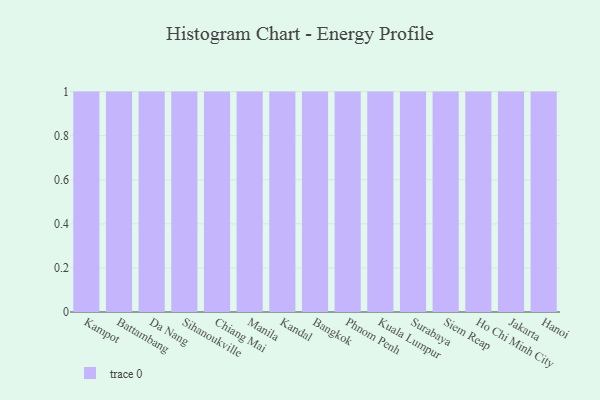
{"axis": {"x": "City", "y": "Headcount"}, "legend": [""], "data": [{"x": "Kampot", "y": 30, "type": ""}, {"x": "Battambang", "y": 73, "type": ""}, {"x": "Da Nang", "y": 24, "type": ""}, {"x": "Sihanoukville", "y": 67, "type": ""}, {"x": "Chiang Mai", "y": 86, "type": ""}, {"x": "Manila", "y": 38, "type": ""}, {"x": "Kandal", "y": 41, "type": ""}, {"x": "Bangkok", "y": 12, "type": ""}, {"x": "Phnom Penh", "y": 89, "type": ""}, {"x": "Kuala Lumpur", "y": 14, "type": ""}, {"x": "Surabaya", "y": 59, "type": ""}, {"x": "Siem Reap", "y": 79, "type": ""}, {"x": "Ho Chi Minh City", "y": 42, "type": ""}, {"x": "Jakarta", "y": 1, "type": ""}, {"x": "Hanoi", "y": 35, "type": ""}]}